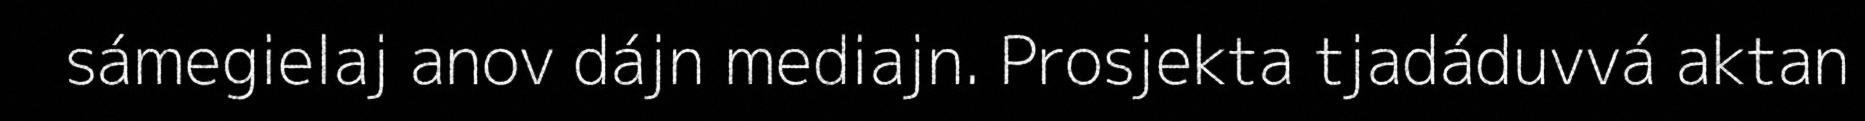
sámegielaj anov dájn mediajn. Prosjekta tjadáduvvá aktan